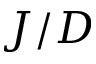
J / D